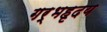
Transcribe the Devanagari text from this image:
गर्भहृदय